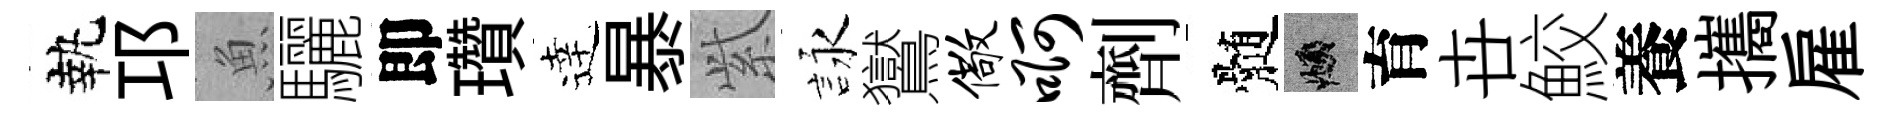
執邛魚驪即瓚逹暴𬗋詠鸑儆啊劑髄頫育卋鮫養攜雇